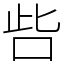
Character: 呰